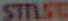
STILST